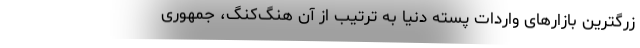
زرگترین بازارهای واردات پسته دنیا به ترتیب از آنِ هنگ‌کنگ، جمهوری